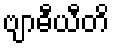
ဗျာဓီယီတိ